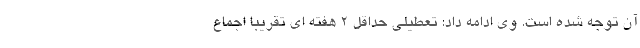
آن توجه شده است. وی ادامه داد: تعطیلی حداقل ۲ هفته ای تقریبا اجماع